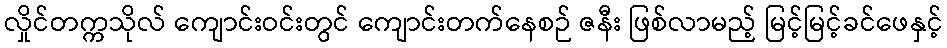
လှိုင်တက္ကသိုလ် ကျောင်းဝင်းတွင် ကျောင်းတက်နေစဉ် ဇနီး ဖြစ်လာမည့် မြင့်မြင့်ခင်ဖေနှင့်